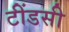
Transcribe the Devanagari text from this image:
टींडसी